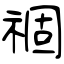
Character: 祻